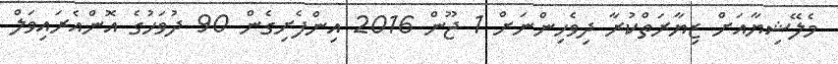
މެލޭޝިޔާއަށް ޒިޔާރަތްކުރާ ދިވެހިންނަށް 1 ޖޫން 2016 އިންފެށިގެން 90 ދުވަހުގެ އޮންއެރައިވަލް